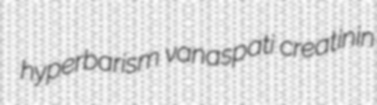
hyperbarism vanaspati creatinin